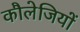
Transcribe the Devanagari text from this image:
कौलेजियों